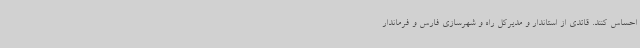
احساس کنند. قائدی از استاندار و مدیرکل راه و شهرسازی فارس و فرماندار